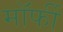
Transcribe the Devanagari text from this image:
मॉर्फी